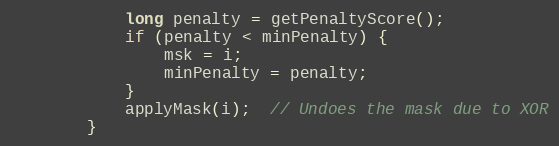
Language: C++
			long penalty = getPenaltyScore();
			if (penalty < minPenalty) {
				msk = i;
				minPenalty = penalty;
			}
			applyMask(i);  // Undoes the mask due to XOR
		}